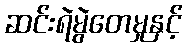
ဆင်းရဲမွဲတေမှုနှင့်